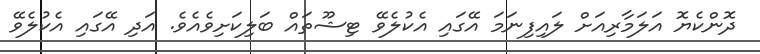
ދޮންކެޔޮ އަލަމާރިއަށް ލައިފިނަމަ އޭގައި އެކުލެވޭ ޓިޝޫތައް ބަލިކަށިވެއެވެ. އަދި އޭގައި އެކުލެވޭ